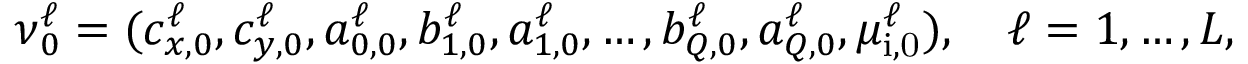
\begin{array} { r } { \ensuremath { \boldsymbol \nu } _ { 0 } ^ { \ell } = ( c _ { x , 0 } ^ { \ell } , c _ { y , 0 } ^ { \ell } , a _ { 0 , 0 } ^ { \ell } , b _ { 1 , 0 } ^ { \ell } , a _ { 1 , 0 } ^ { \ell } , \ldots , b _ { Q , 0 } ^ { \ell } , a _ { Q , 0 } ^ { \ell } , \mu _ { \mathrm { i , 0 } } ^ { \ell } ) , \quad \ell = 1 , \ldots , L , } \end{array}